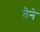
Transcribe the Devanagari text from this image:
तैने